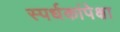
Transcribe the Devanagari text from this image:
स्पर्धकांपेक्षा